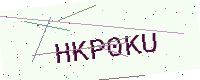
Text: HKP0KU